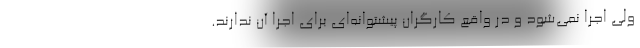
ولی اجرا نمی‌شود و در واقع کارگران پیشتوانه‌ای برای اجرا آن ندارند.